Report on vaccination in Madras 1895-1903 - 1895-1903
Year: 1895
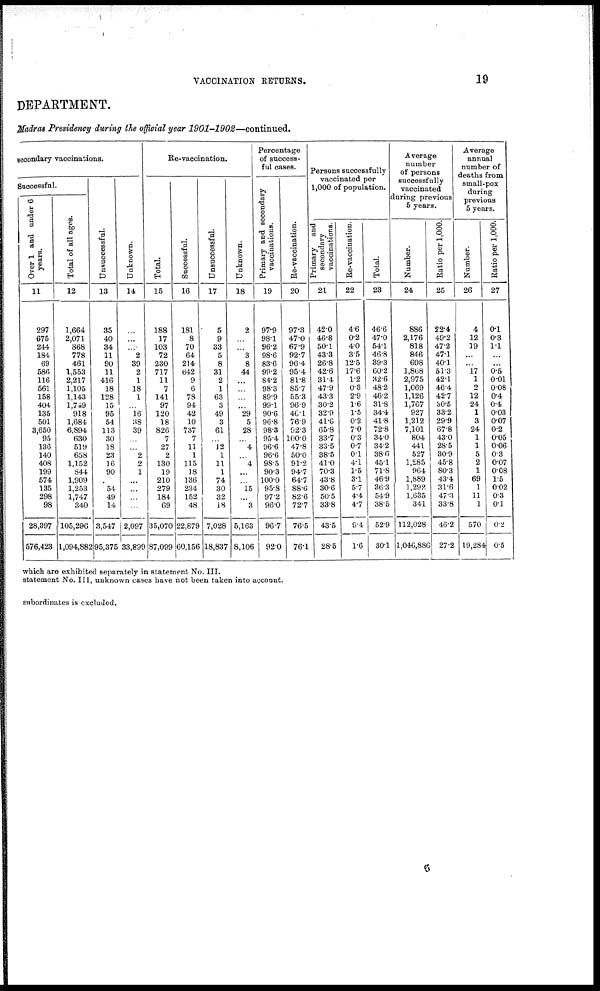
VACCINATION RETURNS.
19
DEPARTMENT.
Madras Presidency during the official year
1901-1902—continued.
secondary vaccinations.
Successful.
Over 1 and under 6
years.
11
297
675
244
184
69
586
116
561
158
404
135
501
3,650
95
136
140
408
199
574
135
298
98
28,397
576,423
Total of all ages.
12
1,664
2,071
868
778
461
1,553
2,217
1,105
1,143
1,749
918
1,684
6,894
630
519
658
1,152
844
1,909
1,253
1,747
340
105,296
1,094,882
Unsuccessful.
13
35
40
34
11
90
11
416
18
128
15
95
54
113
30
18
23
16
90
54
49
14
3,547
95,375
Unknown.
14
...
...
...
2
39
2
1
18
1
...
16
38
39
...
...
2
2
1
...
...
...
...
2,097
33,899
Re-vaccination.
Total.
15
188
17
103
72
230
717
11
7
141
97
120
18
826
7
27
2
130
19
210
279
184
69
35,070
87,099
Successful.
16
181
8
70
64
214
642
9
6
78
94
42
10
737
7
11
1
115
18
136
234
152
48
22,879
60,156
Unsuccessful.
17
5
9
33
5
8
31
2
1
63
3
49
3
61
...
12
1
11
1
74
30
32
18
7,028
18,837
Unknown.
18
2
...
...
3
8
44
...
...
...
...
29
5
28
...
4
...
4
...
...
15
...
3
5,163
8,106
Percentage
of success-
ful cases.
Primary and secondary
vaccinations.
19
97.9
98.1
96.2
98.6
83.6
99.2
84.2
98.3
89.9
99.1
90.6
96.8
98.3
95.4
96.6
96.6
98.5
90.3
100.0
95.8
97.2
96.0
96.7
92.0
Re-vaccination.
20
97.3
47.0
67.9
92.7
96.4
95.4
81.8
85.7
55.3
96.9
46.1
76.9
92.3
100.0
47.8
50.0
91.2
94.7
64.7
88.6
82.6
72.7
76.5
76.1
Persons successfully
vaccinated per
1,000 of population.
Primary and
secondary
vaccinations.
21
42.0
46.8
50.1
43.3
26.8
42.6
31.4
47.9
43.3
30.2
32.9
41.6
65.8
33.7
33.5
38.5
41.0
70.3
43.8
30.6
50.5
33.8
43.5
28.5
Re-vaccination.
22
4.6
0.2
4.0
3.5
12.5
17.6
1.2
0.3
2.9
1.6
1.5
0.2
7.0
0.3
0.7
0.1
4.1
1.5
3.1
5.7
4.4
4.7
9.4
1.6
Total.
23
46.6
47.0
54.1
46.8
39.3
60.2
32.6
48.2
46.2
31.8
34.4
41.8
72.8
34.0
34.2
38.6
45.1
71.8
46.9
36.3
54.9
38.5
52.9
30.1
Average
number
of persons
successfully
vaccinated
during previous
5 years.
Number.
24
886
2,176
818
846
698
1,868
2,975
1,069
1,126
1,767
927
1,212
7,101
804
441
527
1,285
964
1,889
1,292
1,635
341
112,028
1,046,886
Ratio per 1,000.
25
22.4
49.2
47.2
47.1
40.1
51.3
42.1
46.4
42.7
30.5
33.2
29.9
67.8
43.0
28.5
30.9
45.8
80.3
43.4
31.6
47.3
33.8
46.2
27.2
Average
annual
number of
deaths from
small-pox
during
previous
5 years.
Number.
26
4
12
19
...
...
17
1
2
12
24
1
3
24
1
1
5
2
1
69
1
11
1
570
19,284
Ratio per 1,000.
27
0.1
0.3
1.1
...
...
0.5
0 01
0.08
0.4
0.4
0.03
0.07
0.2
0.05
0.06
0.3
0.07
0.08
1.5
0.02
0.3
0.1
0.2
0.5
which are exhibited separately in statement No. III.
statement No. III, unknown cases have not been taken into account.
subordinates is excluded.
6